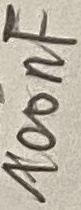
Text: 100nF